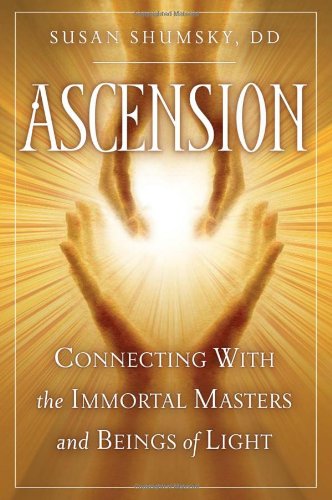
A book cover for Ascension: Connecting With the Immortal Masters and Beings of Light; Susan Shumsky; Health, Fitness & Dieting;